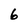
Character: 6